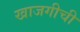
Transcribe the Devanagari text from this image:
खाजगीची